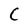
Character: C